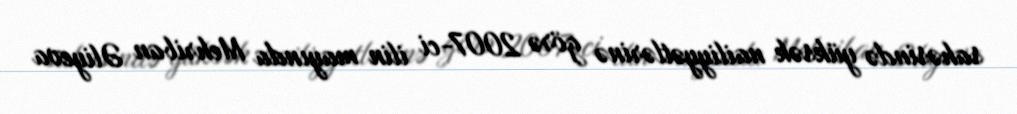
sahəsində yüksək nailiyyətlərinə görə 2007-ci ilin mayında Mehriban Əliyeva